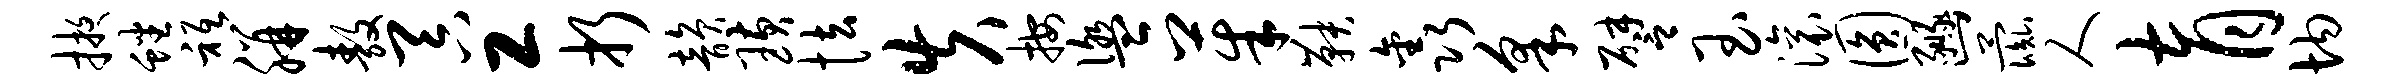
掖蟠只胼敖吞工折韵璜怯失按盥茱鞅鑫采譬玉滚圆豳彘人育均